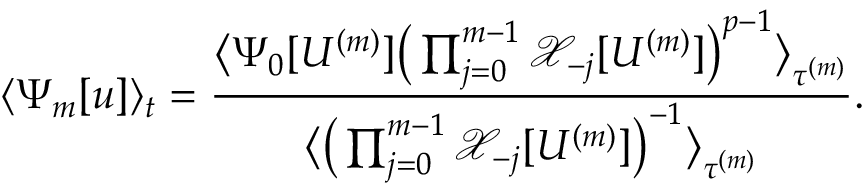
\langle \Psi _ { m } [ u ] \rangle _ { t } = \frac { \big \langle \Psi _ { 0 } [ U ^ { ( m ) } ] \big ( \prod _ { j = 0 } ^ { m - 1 } \mathcal { X } _ { - j } [ U ^ { ( m ) } ] \big ) ^ { p - 1 } \big \rangle _ { \tau ^ { ( m ) } } } { \big \langle \big ( \prod _ { j = 0 } ^ { m - 1 } \mathcal { X } _ { - j } [ U ^ { ( m ) } ] \big ) ^ { - 1 } \big \rangle _ { \tau ^ { ( m ) } } } .